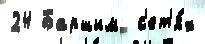
24 Баршим  с'ет'я́х